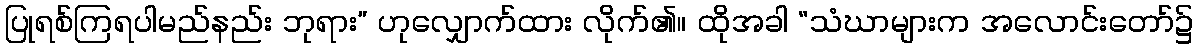
ပြုရစ်ကြရပါမည်နည်း ဘုရား” ဟုလျှောက်ထား လိုက်၏။ ထိုအခါ “သံဃာများက အလောင်းတော်၌